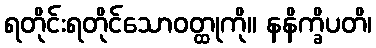
ရတိုင်းရတိုင်သောဝတ္ထုကို။ နနိက္ခိပတိ၊